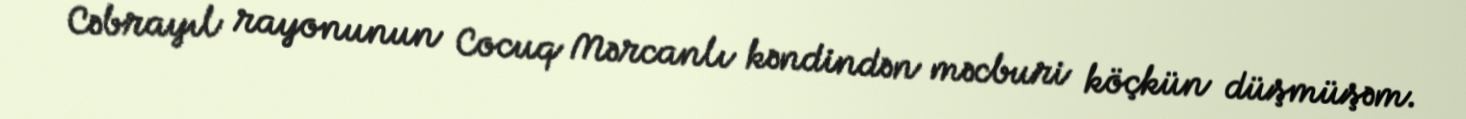
Cəbrayıl rayonunun Cocuq Mərcanlı kəndindən məcburi köçkün düşmüşəm.